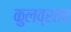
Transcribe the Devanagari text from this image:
कुलव्रतच